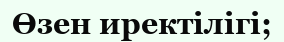
Өзен иректілігі;